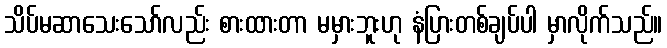
သိပ်မဆာသေးသော်လည်း စားထားတာ မမှားဘူးဟု နံပြားတစ်ချပ်ပါ မှာလိုက်သည်။